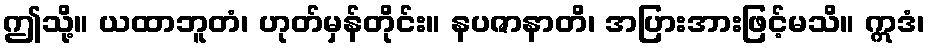
ဤသို့။ ယထာဘူတံ၊ ဟုတ်မှန်တိုင်း။ နပဇာနာတိ၊ အပြားအားဖြင့်မသိ။ ဣဒံ၊